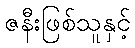
ဇနီးဖြစ်သူနှင့်